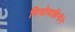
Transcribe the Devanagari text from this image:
मित्रोबाहिनीने